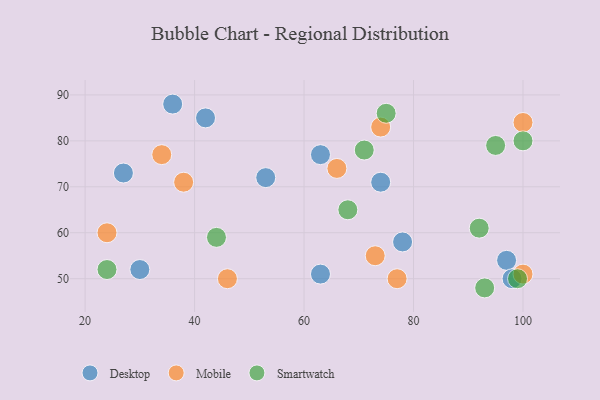
{"axis": {"x": "GDP", "y": "Life Expectancy"}, "legend": ["Desktop", "Mobile", "Smartwatch"], "data": [{"x": "74", "y": 71, "type": "Desktop"}, {"x": "42", "y": 85, "type": "Desktop"}, {"x": "36", "y": 88, "type": "Desktop"}, {"x": "30", "y": 52, "type": "Desktop"}, {"x": "53", "y": 72, "type": "Desktop"}, {"x": "97", "y": 54, "type": "Desktop"}, {"x": "63", "y": 77, "type": "Desktop"}, {"x": "78", "y": 58, "type": "Desktop"}, {"x": "27", "y": 73, "type": "Desktop"}, {"x": "98", "y": 50, "type": "Desktop"}, {"x": "63", "y": 51, "type": "Desktop"}, {"x": "73", "y": 55, "type": "Mobile"}, {"x": "74", "y": 83, "type": "Mobile"}, {"x": "66", "y": 74, "type": "Mobile"}, {"x": "38", "y": 71, "type": "Mobile"}, {"x": "100", "y": 51, "type": "Mobile"}, {"x": "46", "y": 50, "type": "Mobile"}, {"x": "34", "y": 77, "type": "Mobile"}, {"x": "24", "y": 60, "type": "Mobile"}, {"x": "100", "y": 84, "type": "Mobile"}, {"x": "77", "y": 50, "type": "Mobile"}, {"x": "100", "y": 80, "type": "Smartwatch"}, {"x": "99", "y": 50, "type": "Smartwatch"}, {"x": "75", "y": 86, "type": "Smartwatch"}, {"x": "24", "y": 52, "type": "Smartwatch"}, {"x": "68", "y": 65, "type": "Smartwatch"}, {"x": "71", "y": 78, "type": "Smartwatch"}, {"x": "44", "y": 59, "type": "Smartwatch"}, {"x": "92", "y": 61, "type": "Smartwatch"}, {"x": "95", "y": 79, "type": "Smartwatch"}, {"x": "93", "y": 48, "type": "Smartwatch"}]}